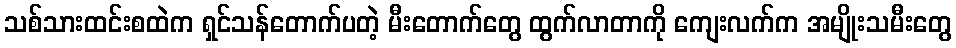
သစ်သားထင်းစထဲက ရှင်သန်တောက်ပတဲ့ မီးတောက်တွေ ထွက်လာတာကို ကျေးလက်က အမျိုးသမီးတွေ